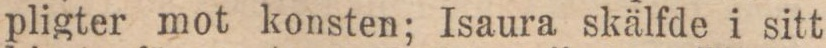
pligter mot konsten; Isaura skälfde i sitt